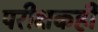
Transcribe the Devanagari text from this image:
परीक्षकही